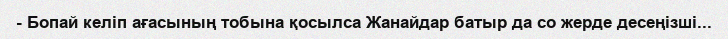
- Бопай келіп ағасының тобына қосылса Жанайдар батыр да со жерде десеңізші...